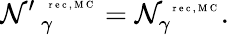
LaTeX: \mathcal{N}{^{\prime\, }}_{\gamma}^{\mathrm{{~\tiny~r~e~c~,~M~C~}}}=\mathcal{N}_{\gamma}^{\mathrm{{~\tiny~r~e~c~,~M~C~}}}.